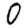
Digit: 0